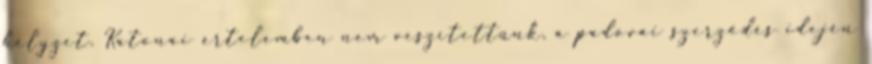
helyzet. Katonai értelemben nem veszítettünk, a padovai szerződés idején